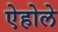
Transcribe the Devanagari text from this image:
ऐहोले